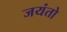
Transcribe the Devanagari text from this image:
जयंतो